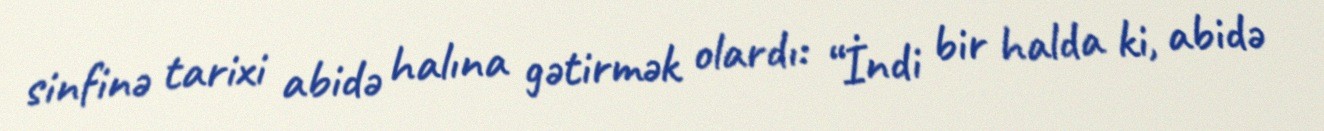
sinfinə tarixi abidə halına gətirmək olardı: “İndi bir halda ki, abidə